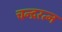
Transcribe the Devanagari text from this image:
चन्द्ररत्न